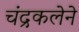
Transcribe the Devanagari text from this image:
चंद्रकलेने